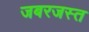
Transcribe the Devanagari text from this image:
जबरजस्त